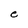
Character: e